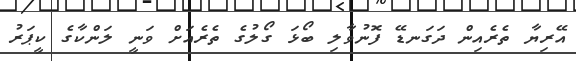
އޭރިޔާ ތެރެއިން ދަގަނޑޭ ފޮނުވާލި ބޯޅަ ގޯލުގެ ތެރެއަށް ވަނީ ލަންކާގެ ކީޕަރު